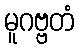
မူဂဗ္ဗတံ